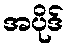
အပိုဒ်